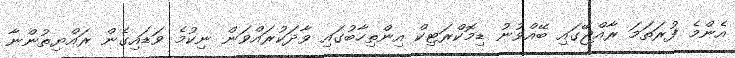
އެންމެ ފުރަތަމަ ރާއްޖޭގައި ބޭއްވުނު ޑިމޮކްރަޓިކް އިންތިހާބުގައި ވާދަކުރައްވަން ނިކުމެ ވަޑައިގެން ރައްޔިތުންނާ